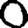
Digit: 0